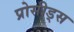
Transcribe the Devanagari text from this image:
प्रोसीड्स